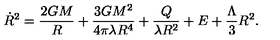
{ \dot { R } } ^ { 2 } = \frac { 2 G M } { R } + \frac { 3 G M ^ { 2 } } { 4 \pi \lambda R ^ { 4 } } + \frac { Q } { \lambda R ^ { 2 } } + E + \frac { \Lambda } { 3 } R ^ { 2 } .